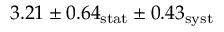
3 . 2 1 \pm 0 . 6 4 _ { \mathrm { s t a t } } \pm 0 . 4 3 _ { \mathrm { s y s t } }